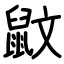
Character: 鼤